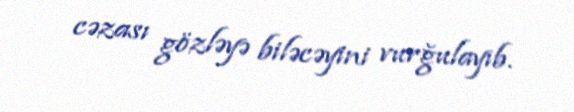
cəzası gözləyə biləcəyini vurğulayıb.